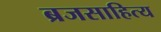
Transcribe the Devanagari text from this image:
ब्रजसाहित्य